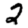
Digit: 2